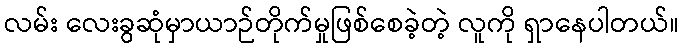
လမ်း လေးခွဆုံမှာယာဉ်တိုက်မှုဖြစ်စေခဲ့တဲ့ လူကို ရှာနေပါတယ်။